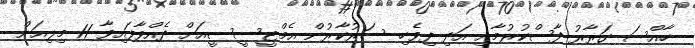
ހާއްސަ ގަރާރު ފާސްކުރުމާއި އަދި ދިވެހި ސަރުކާރުން އެމްޓީސީސީއަށް ދެއްވާފައިވާ 11 މިލިއަން